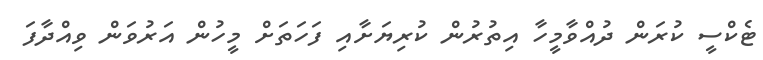
ޓެކްސީ ކުރަން ދުއްވާމީހާ އިތުރުން ކުރިޔަށާއި ފަހަތަށް މީހުން އަރުވަން ވިއްދާފަ